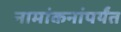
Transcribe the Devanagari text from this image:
नामांकनांपर्यंत